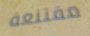
مقتنعة